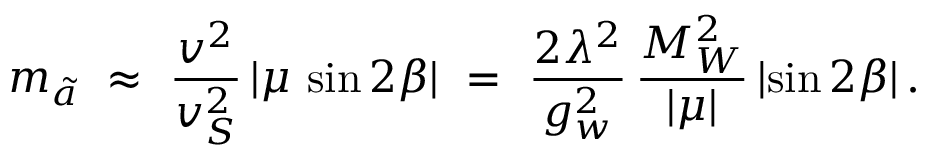
m _ { \tilde { a } } \ \approx \ \frac { v ^ { 2 } } { v _ { S } ^ { 2 } } \, | \mu \, \sin 2 \beta | \ = \ \frac { 2 \lambda ^ { 2 } } { g _ { w } ^ { 2 } } \, \frac { M _ { W } ^ { 2 } } { | \mu | } \, | \! \sin 2 \beta | \, .